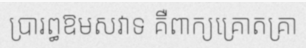
ប្រារព្ធឱមសវាទ គឺពាក្យគ្រោតគ្រា